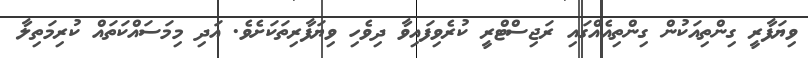
ވިޔަފާރީ ގިންތިއަކުން ގިންތިއެއްގައި ރަޖިސްޓްރީ ކުރެވިފައިވާ ދިވެހި ވިޔަފާރިތަކަށެވެ. އަދި މިމަސައްކަތައް ކުރިމަތިލާ